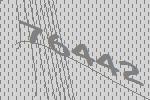
76442